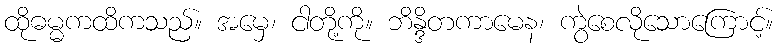
ထိုဓမ္မကထိကသည်။ အမှေ၊ ငါတို့ကို။ ဘိန္ဒိတကာမေန၊ ကွဲစေလိုသောကြောင့်။